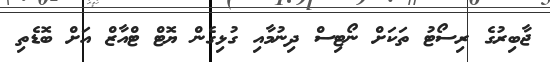
ޖާބިރުގެ ރިސޯޓު ތަކަށް ނޯޓިސް ދިނުމާއި ގުޅިގެން ޔޮޓް ޓްއާޒް އަށް ބޮޑެތި